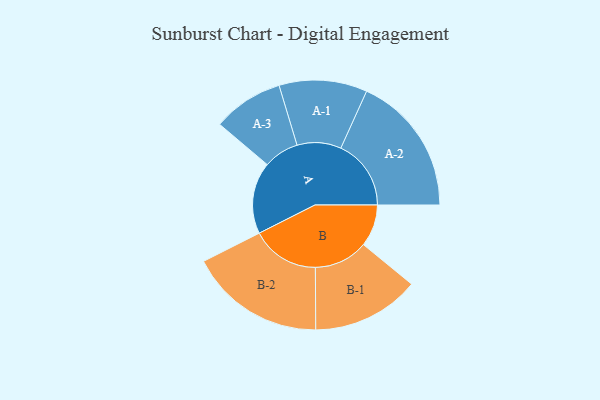
{"axis": {"x": "Segment", "y": "Value"}, "legend": ["", "A", "B"], "data": [{"x": "A", "y": 290, "type": ""}, {"x": "B", "y": 170, "type": ""}, {"x": "A-1", "y": 178, "type": "A"}, {"x": "A-2", "y": 284, "type": "A"}, {"x": "A-3", "y": 143, "type": "A"}, {"x": "B-1", "y": 218, "type": "B"}, {"x": "B-2", "y": 275, "type": "B"}]}